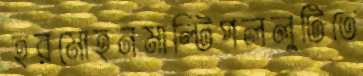
হরমোহনমাল্টিপললুটিতে